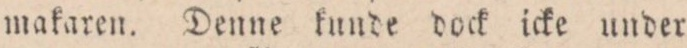
makaren. Denne kunde dock icke under